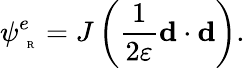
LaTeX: \psi_{\mathrm{~\tiny~R~}}^{e}=J\left(\frac{1}{2\varepsilon}\textbf{d}\cdot\textbf{d}\right).